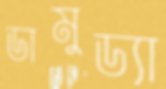
ডামুড্যা